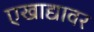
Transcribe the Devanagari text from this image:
एखाद्यावर